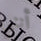
أنني